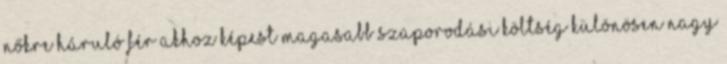
nőkre háruló férﬁakhoz képest magasabb szaporodási költség különösen nagy